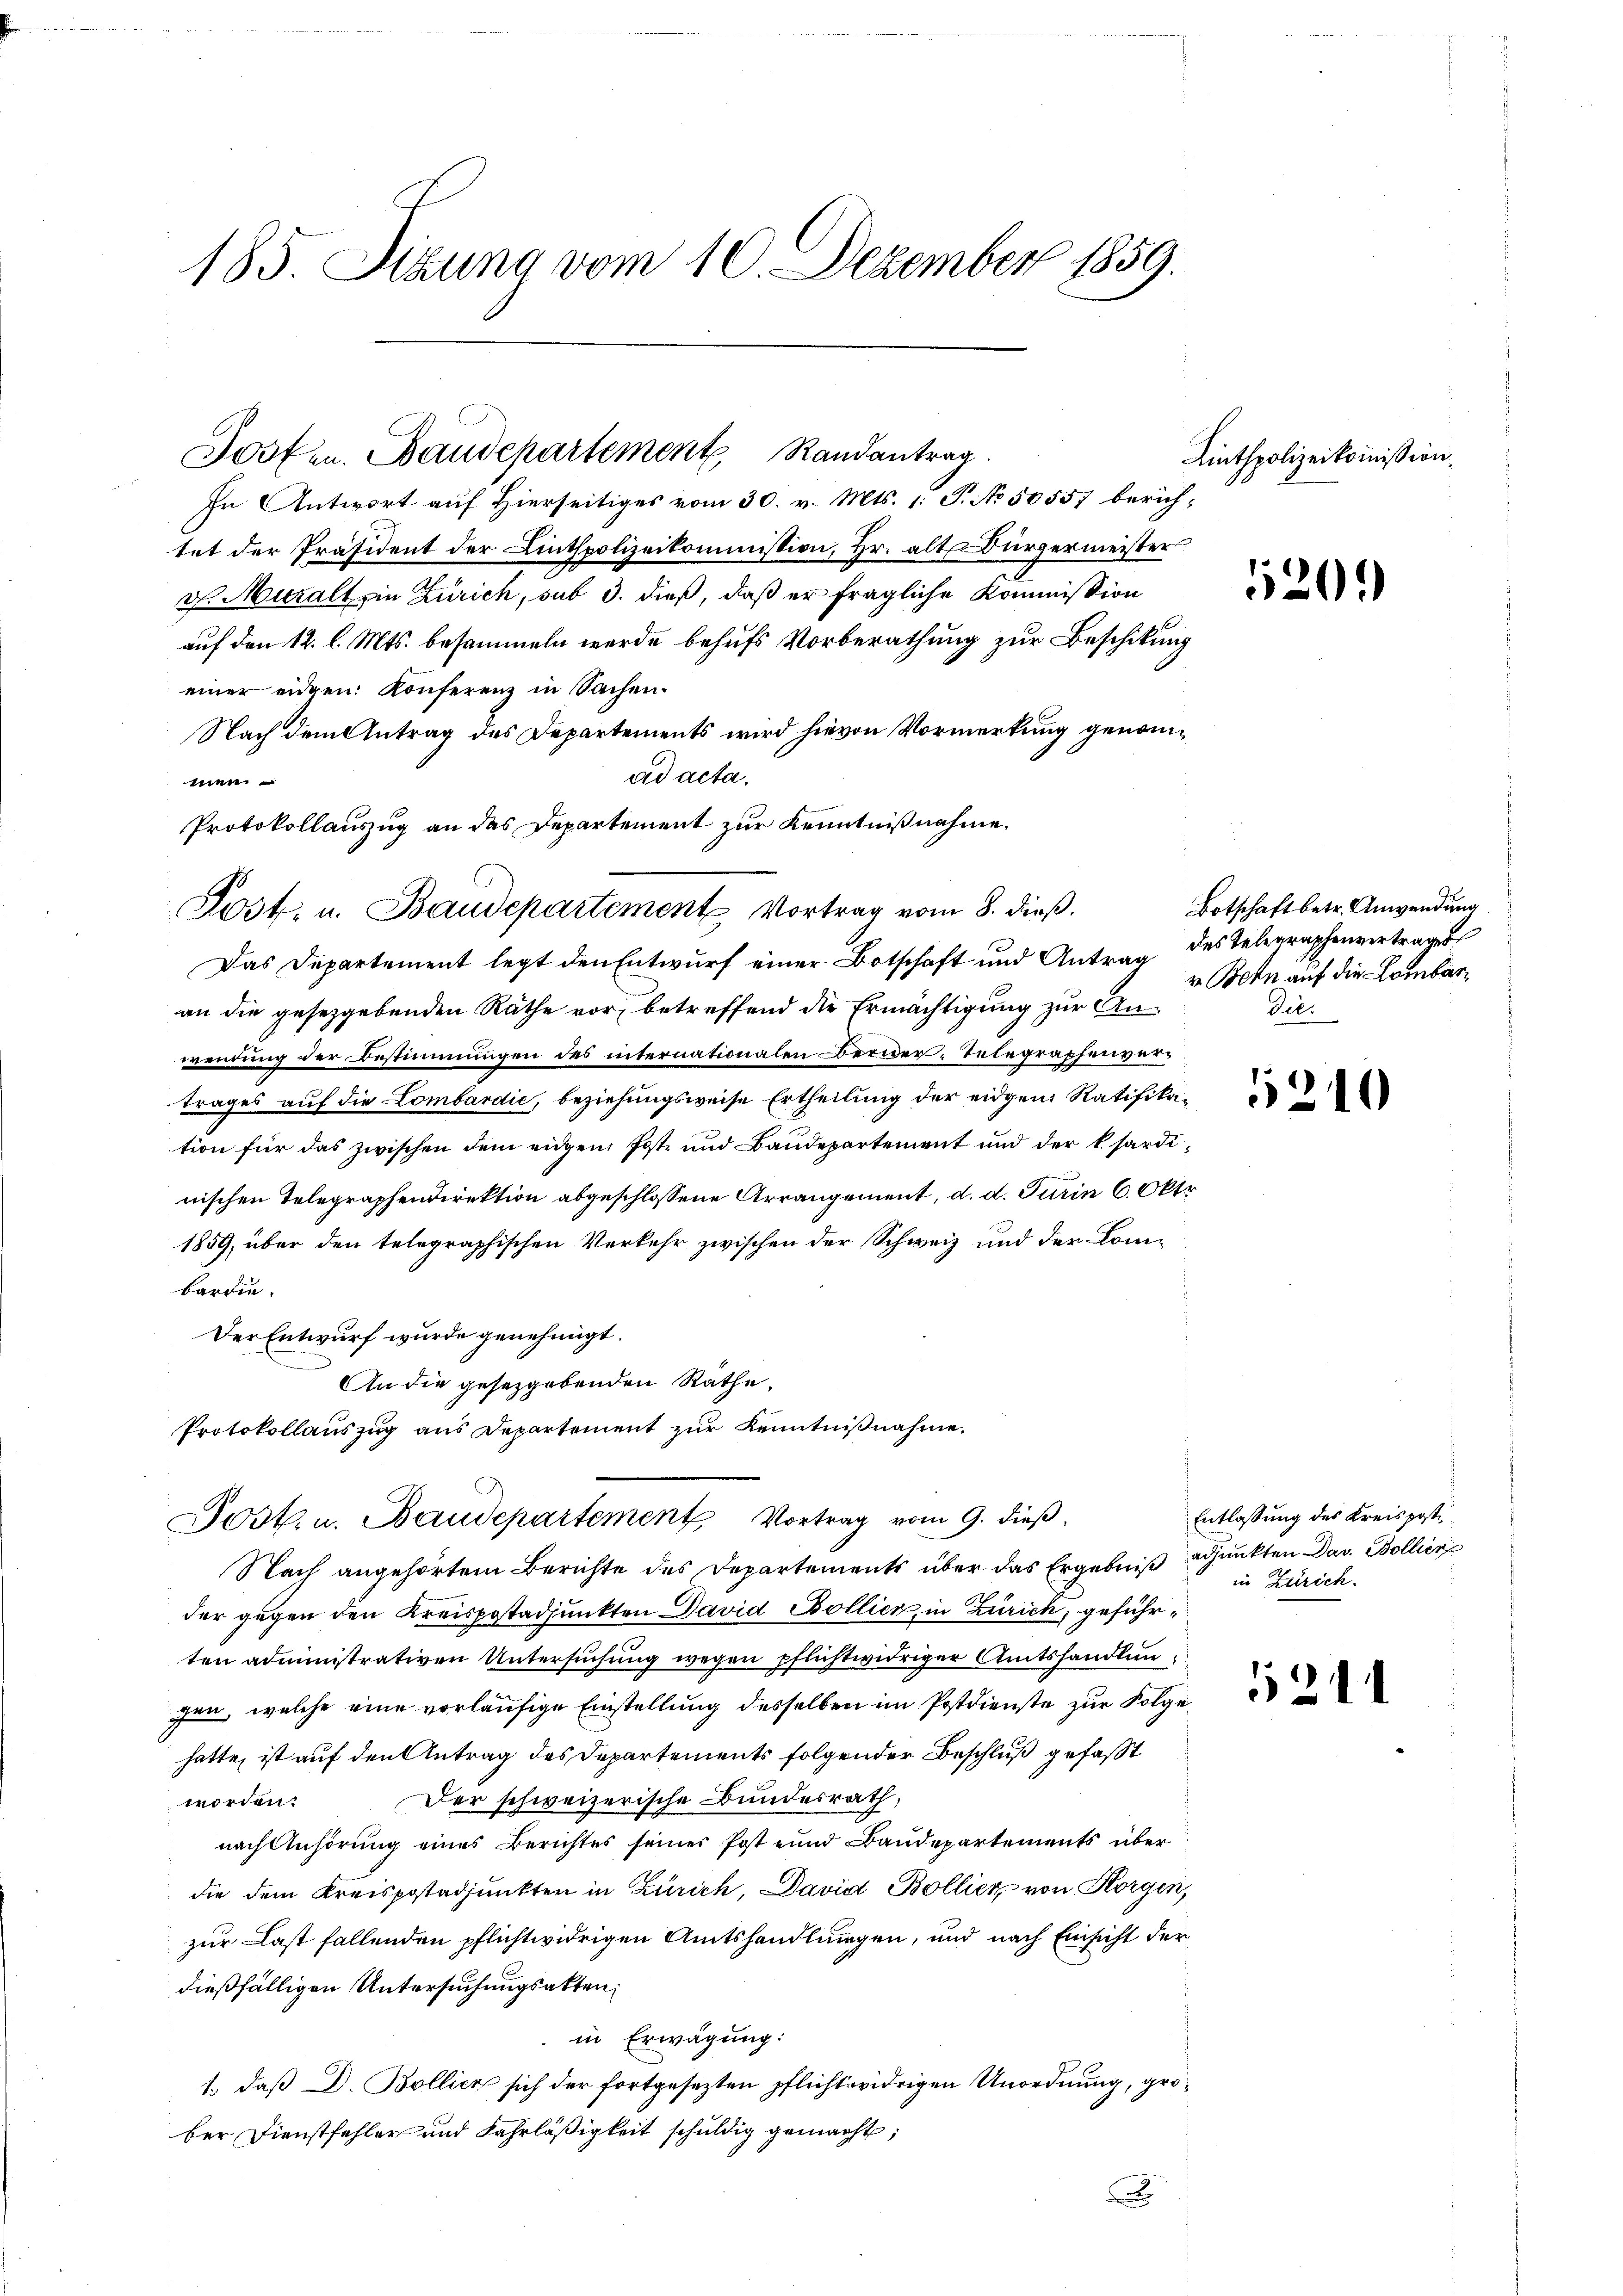
185. Sitzung vom 10. Dezember 1859.

In Antwort auf Hierseitiges vom 30. v. Mts. 1. P. No 50557 berichtet der Präsident der Linthpolizeikommission, Hr. alt. Bürgermeister
v. Muralt in Zürich, sub 3. dieß, daß er fragliche Kommission
auf den 12. l. Mts. besammeln werde behufs Vorberathung zur Beschikung
einer eidgen. Konferenz in Sachen¬
Nach dem Antrag des Departements wird hievon Vormerkung genomad acta.
men.
Protokollauszug an das Departement zur Kenntnißnahme.

Jost. u. Baudepartement Vortrag vom 8. dieß.

Josten. Baudepartement Randantrag.

Post. u. Baudepartement Vortrag vom 9. dieß.

Das Departement legt den Entwurf einer Botschaft und Antrag des Telegraphenvertrages
an die gesetzgebenden Räthe vor, betreffend die Ermächtigung zur Anwendung der Bestimmungen des internationalen Berider Telegraphenvertrages auf die Lombardić, beziehungsweise Ertheilung der eidgen Ratifikation für das zwischen dem eidgen. Post- und Baudepartement und der k. hardinischen Telegraphendirektion abgeschlossene Arrangement, d. d. Turin 6. Okto
1859, über den telegraphischen Verkehr zwischen der Schweiz und der Combardie
Der Entwurf wurde genehmigt.
An die gesetzgebenden Räthe.
Protokollauszug aus Departement zur Kenntnißnahme.
Nach angehörtem Berichte des Departements über das Ergebniß adjunkten Dav. Bollier
der gegen den Kreispostadjunkten David Bollier, in Zürich, geführten administrativen Untersuchung wegen pflichtwidriger Amtshandlungen, welche eine vorläufige Einstellung desselben im Postdienste zur Folge
hatte, ist auf den Antrag des Departements folgender Beschluß gefaßt
Der schweizerische Bundesrath,
worden.
nach Anhörung eines Berichtes seiner Post und Baudepartements über
die dem Kreispostadjunkten in Zürich, David Bollier von Korgen,
zur Last fallenden pflichtwidrigen Amtshandlungen, und nach Einsicht der
dießfälligen Untersuchungsakten,
in Erwägung:
1., daß D. Bollich sich der fortgesezten pflichtwidrigen Unordnung, gröber Dienstfehler und Fahrläßigkeit schuldig gemacht,
x

Linthpolizeikommission.

5209

Botschaft betr. Anwendung
v. Bern auf die Lombar¬
Die.

24

2

)

Entlassung des Kreisposte
in Zürich.